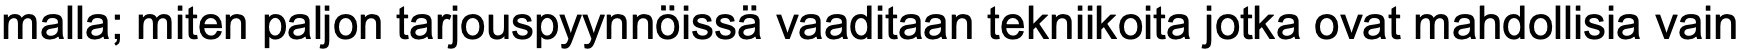
malla; miten paljon tarjouspyynnöissä vaaditaan tekniikoita jotka ovat mahdollisia vain